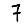
Digit: 7